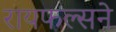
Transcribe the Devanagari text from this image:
रायफल्सने